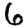
Digit: 6